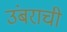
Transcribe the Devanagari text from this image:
उंबराची